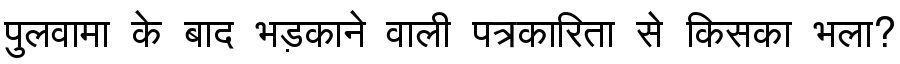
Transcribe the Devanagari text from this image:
पुलवामा के बाद भड़काने वाली पत्रकारिता से किसका भला?